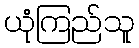
ယုံကြည်သူ